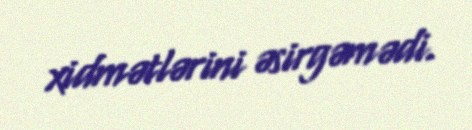
xidmətlərini əsirgəmədi.